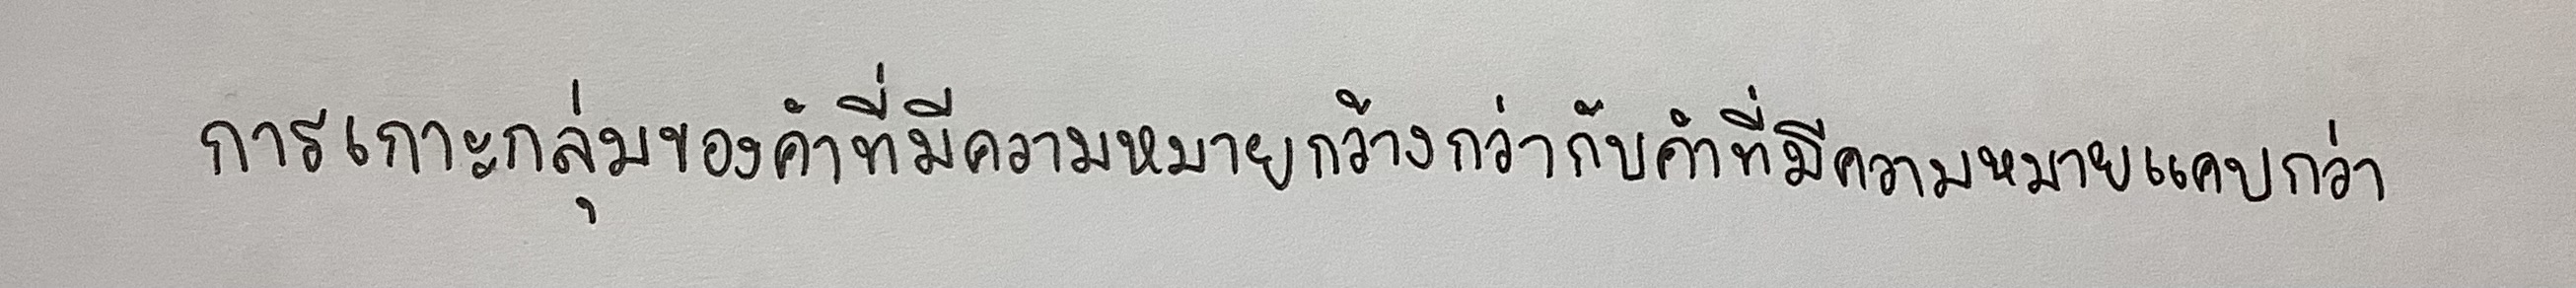
การเกาะกลุ่มของคำที่มีความหมายกว้างกว่ากับคำที่มีความหมายแคบกว่า